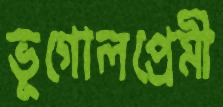
ভূগোলপ্রেমী